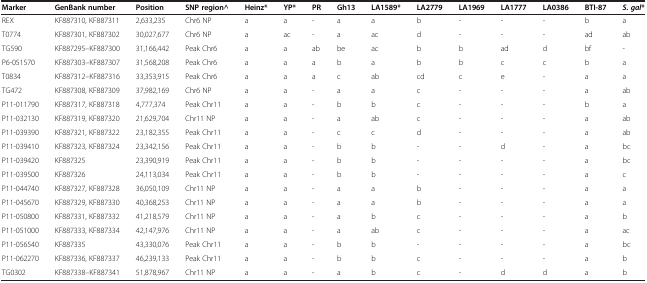
<table><thead><tr><td><b>Marker</b></td><td><b>GenBank number</b></td><td><b>Position</b></td><td><b>SNP region^</b></td><td><b>Heinz*</b></td><td><b>YP*</b></td><td><b>PR</b></td><td><b>Gh13</b></td><td><b>LA1589*</b></td><td><b>LA2779</b></td><td><b>LA1969</b></td><td><b>LA1777</b></td><td><b>LA0386</b></td><td><b>BTI-87</b></td><td><b><i>S. gal</i>*</b></td></tr></thead><tbody><tr><td>REX</td><td>KF887310, KF887311</td><td>2,633,235</td><td>Chr6 NP</td><td>a</td><td>a</td><td>-</td><td>a</td><td>a</td><td>b</td><td>-</td><td>-</td><td>-</td><td>b</td><td>a</td></tr><tr><td>T0774</td><td>KF887301, KF887302</td><td>30,027,677</td><td>Chr6 NP</td><td>a</td><td>ac</td><td>-</td><td>a</td><td>ac</td><td>d</td><td>-</td><td>-</td><td>-</td><td>ad</td><td>ab</td></tr><tr><td>TG590</td><td>KF887295–KF887300</td><td>31,166,442</td><td>Peak Chr6</td><td>a</td><td>a</td><td>ab</td><td>be</td><td>ac</td><td>b</td><td>b</td><td>ad</td><td>d</td><td>bf</td><td>-</td></tr><tr><td>P6-051570</td><td>KF887303–KF887307</td><td>31,568,208</td><td>Peak Chr6</td><td>a</td><td>a</td><td>a</td><td>b</td><td>a</td><td>b</td><td>b</td><td>c</td><td>c</td><td>b</td><td>a</td></tr><tr><td>T0834</td><td>KF887312–KF887316</td><td>33,353,915</td><td>Peak Chr6</td><td>a</td><td>a</td><td>a</td><td>c</td><td>ab</td><td>cd</td><td>c</td><td>e</td><td>-</td><td>a</td><td>a</td></tr><tr><td>TG472</td><td>KF887308, KF887309</td><td>37,982,169</td><td>Chr6 NP</td><td>a</td><td>a</td><td>-</td><td>a</td><td>a</td><td>c</td><td>-</td><td>-</td><td>-</td><td>a</td><td>ab</td></tr><tr><td>P11-011790</td><td>KF887317, KF887318</td><td>4,777,374</td><td>Peak Chr11</td><td>a</td><td>a</td><td>-</td><td>b</td><td>b</td><td>c</td><td>-</td><td>-</td><td>-</td><td>b</td><td>a</td></tr><tr><td>P11-032130</td><td>KF887319, KF887320</td><td>21,629,704</td><td>Chr11 NP</td><td>a</td><td>a</td><td>-</td><td>a</td><td>ab</td><td>c</td><td>-</td><td>-</td><td>-</td><td>a</td><td>ab</td></tr><tr><td>P11-039390</td><td>KF887321, KF887322</td><td>23,182,355</td><td>Peak Chr11</td><td>a</td><td>a</td><td>-</td><td>c</td><td>c</td><td>d</td><td>-</td><td>-</td><td>-</td><td>a</td><td>ab</td></tr><tr><td>P11-039410</td><td>KF887323, KF887324</td><td>23,342,156</td><td>Peak Chr11</td><td>a</td><td>a</td><td>-</td><td>b</td><td>b</td><td>-</td><td>-</td><td>d</td><td>-</td><td>a</td><td>bc</td></tr><tr><td>P11-039420</td><td>KF887325</td><td>23,390,919</td><td>Peak Chr11</td><td>a</td><td>a</td><td>-</td><td>b</td><td>b</td><td>-</td><td>-</td><td>-</td><td>-</td><td>a</td><td>bc</td></tr><tr><td>P11-039500</td><td>KF887326</td><td>24,113,034</td><td>Peak Chr11</td><td>a</td><td>a</td><td>-</td><td>b</td><td>b</td><td>-</td><td>-</td><td>-</td><td>-</td><td>a</td><td>c</td></tr><tr><td>P11-044740</td><td>KF887327, KF887328</td><td>36,050,109</td><td>Chr11 NP</td><td>a</td><td>a</td><td>-</td><td>a</td><td>a</td><td>b</td><td>-</td><td>-</td><td>-</td><td>a</td><td>a</td></tr><tr><td>P11-045670</td><td>KF887329, KF887330</td><td>40,368,253</td><td>Chr11 NP</td><td>a</td><td>a</td><td>-</td><td>a</td><td>a</td><td>b</td><td>-</td><td>-</td><td>-</td><td>a</td><td>a</td></tr><tr><td>P11-050800</td><td>KF887331, KF887332</td><td>41,218,579</td><td>Chr11 NP</td><td>a</td><td>a</td><td>-</td><td>a</td><td>b</td><td>c</td><td>-</td><td>-</td><td>-</td><td>a</td><td>b</td></tr><tr><td>P11-051000</td><td>KF887333, KF887334</td><td>42,147,976</td><td>Chr11 NP</td><td>a</td><td>a</td><td>-</td><td>a</td><td>ab</td><td>c</td><td>-</td><td>-</td><td>-</td><td>a</td><td>ac</td></tr><tr><td>P11-056540</td><td>KF887335</td><td>43,330,076</td><td>Peak Chr11</td><td>a</td><td>a</td><td>-</td><td>b</td><td>b</td><td>-</td><td>-</td><td>-</td><td>-</td><td>a</td><td>bc</td></tr><tr><td>P11-062270</td><td>KF887336, KF887337</td><td>46,239,133</td><td>Peak Chr11</td><td>a</td><td>a</td><td>-</td><td>b</td><td>b</td><td>c</td><td>-</td><td>-</td><td>-</td><td>a</td><td>b</td></tr><tr><td>TG0302</td><td>KF887338–KF887341</td><td>51,878,967</td><td>Chr11 NP</td><td>a</td><td>a</td><td>-</td><td>a</td><td>b</td><td>c</td><td>-</td><td>d</td><td>d</td><td>a</td><td>b</td></tr></tbody></table>